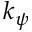
k _ { \psi }